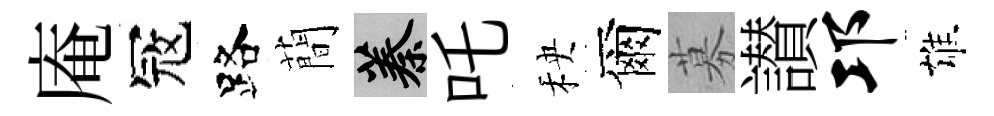
庵冦路蕳蓁吒秧爾募讃邛雄